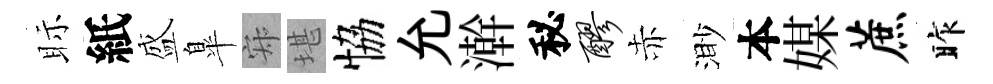
眎紙盛臯寂堪恊允澣秘醪赤渺本媒蔗昨